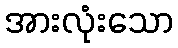
အားလုံးသော